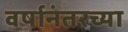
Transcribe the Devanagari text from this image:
वर्षानंतरच्या